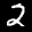
Label: 2